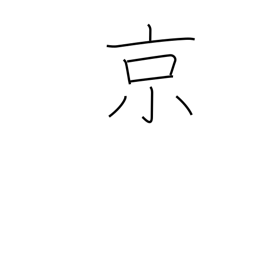
Meaning: 10**16